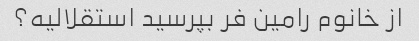
از خانوم رامین فر بپرسید استقلالیه؟